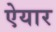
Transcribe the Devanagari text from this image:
ऐयार